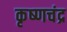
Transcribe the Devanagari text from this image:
कृष्‍णचंद्र